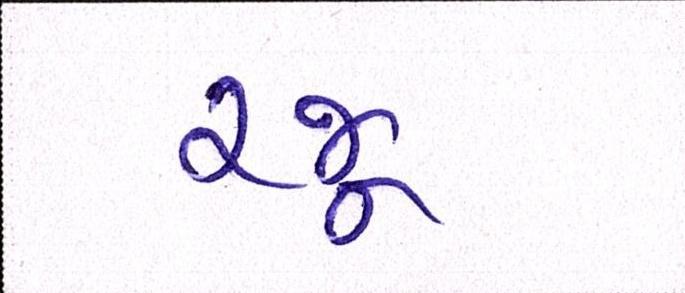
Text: રજૂ